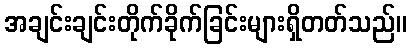
အချင်းချင်းတိုက်ခိုက်ခြင်းများရှိတတ်သည်။